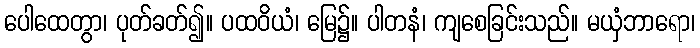
ပေါထေတွာ၊ ပုတ်ခတ်၍။ ပထဝိယံ၊ မြေ၌။ ပါတနံ၊ ကျစေခြင်းသည်။ မယှံဘာရော၊